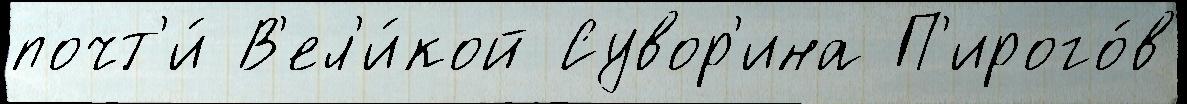
почт'и́ В'ел'и́кой Сувор'ина П'ирого́в